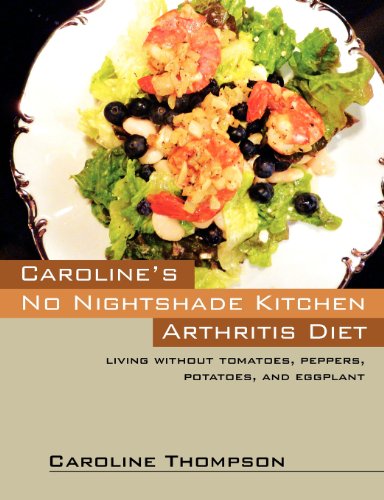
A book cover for Caroline's No Nightshade Kitchen: Arthritis Diet - Living without tomatoes, peppers, potatoes, and eggplant!; Caroline Thompson; Cookbooks, Food & Wine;